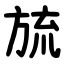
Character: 旈